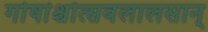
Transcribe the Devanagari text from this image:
गोषांश्चोत्सवलालसान्‌